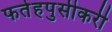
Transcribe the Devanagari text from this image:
फतेहपुसीकरी